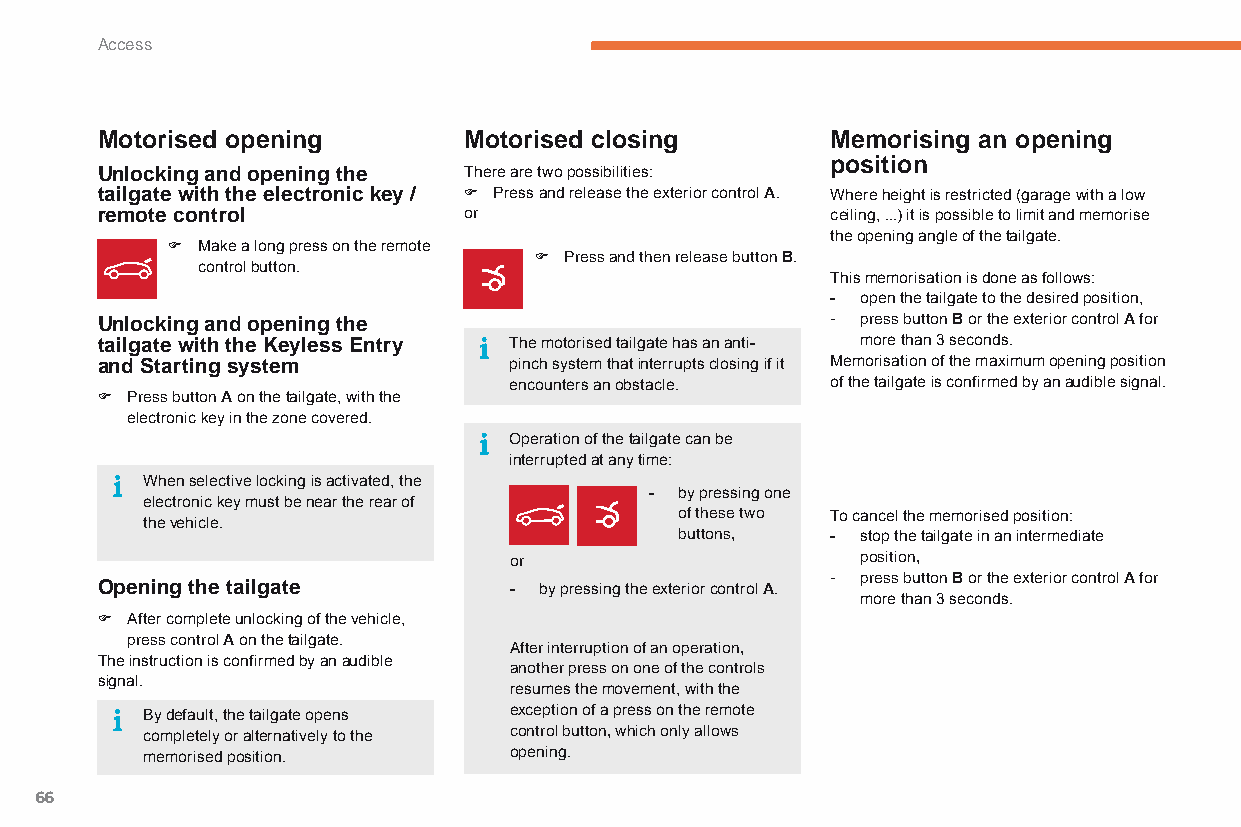
Access
 Motorised opening        Motorised closing       Memorising an opening
 position
 Unlocking and opening the There are two possibilities:
 tailgate with the electronic key / F Press and release the exterior control A. Where height is restricted (garage with a low
 remote control           or                      ceiling, ...) it is possible to limit and memorise
 the opening angle of the tailgate.
 F Make a long press on the remote
 F Press and then release button B.
 control button.
 This memorisation is done as follows:
 - open the tailgate to the desired position,
 Unlocking and opening the                        - press button B or the exterior control A for
 tailgate with the Keyless Entry The motorised tailgate has an anti- more than 3 seconds.
 and Starting system         pinch system that interrupts closing if it Memorisation of the maximum opening position
 encounters an obstacle. of the tailgate is confirmed by an audible signal.
 F Press button A on the tailgate, with the
 electronic key in the zone covered.
 Operation of the tailgate can be
 interrupted at any time:
 When selective locking is activated, the
 - by pressing one
 electronic key must be near the rear of
 of these two To cancel the memorised position:
 the vehicle.
 buttons,  - stop the tailgate in an intermediate
 or                     position,
 - press button B or the exterior control A for
 Opening the tailgate        - by pressing the exterior control A.
 more than 3 seconds.
 F After complete unlocking of the vehicle,
 press control A on the tailgate.
 after interruption of an operation,
 The instruction is confirmed by an audible
 another press on one of the controls
 signal.
 resumes the movement, with the
 By default, the tailgate opens exception of a press on the remote
 completely or alternatively to the control button, which only allows
 memorised position.      opening.
 66
 C4-Picasso-II_en_Chap02_ouvertures_ed01-2015